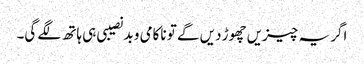
اگر یہ چیزیں چھوڑ دیں گے تو ناکامی و بدنصیبی ہی ہاتھ لگے گی۔